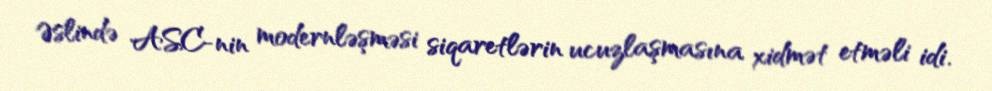
Əslində ASC-nin modernləşməsi siqaretlərin ucuzlaşmasına xidmət etməli idi.